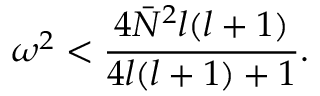
\omega ^ { 2 } < \frac { 4 \bar { N } ^ { 2 } l ( l + 1 ) } { 4 l ( l + 1 ) + 1 } .